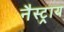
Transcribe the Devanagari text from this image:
नैस्ट्राय